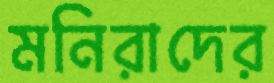
মনিরাদের